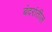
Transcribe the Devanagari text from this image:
बंदरांतील